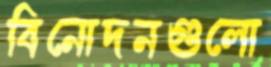
বিনোদনগুলো